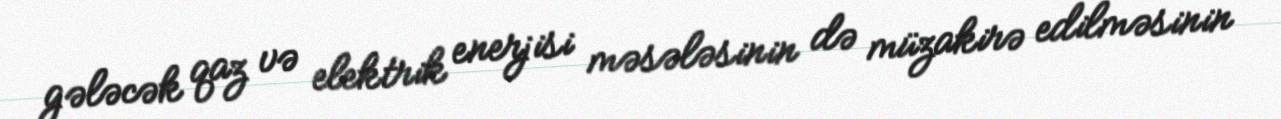
gələcək qaz və elektrik enerjisi məsələsinin də müzakirə edilməsinin